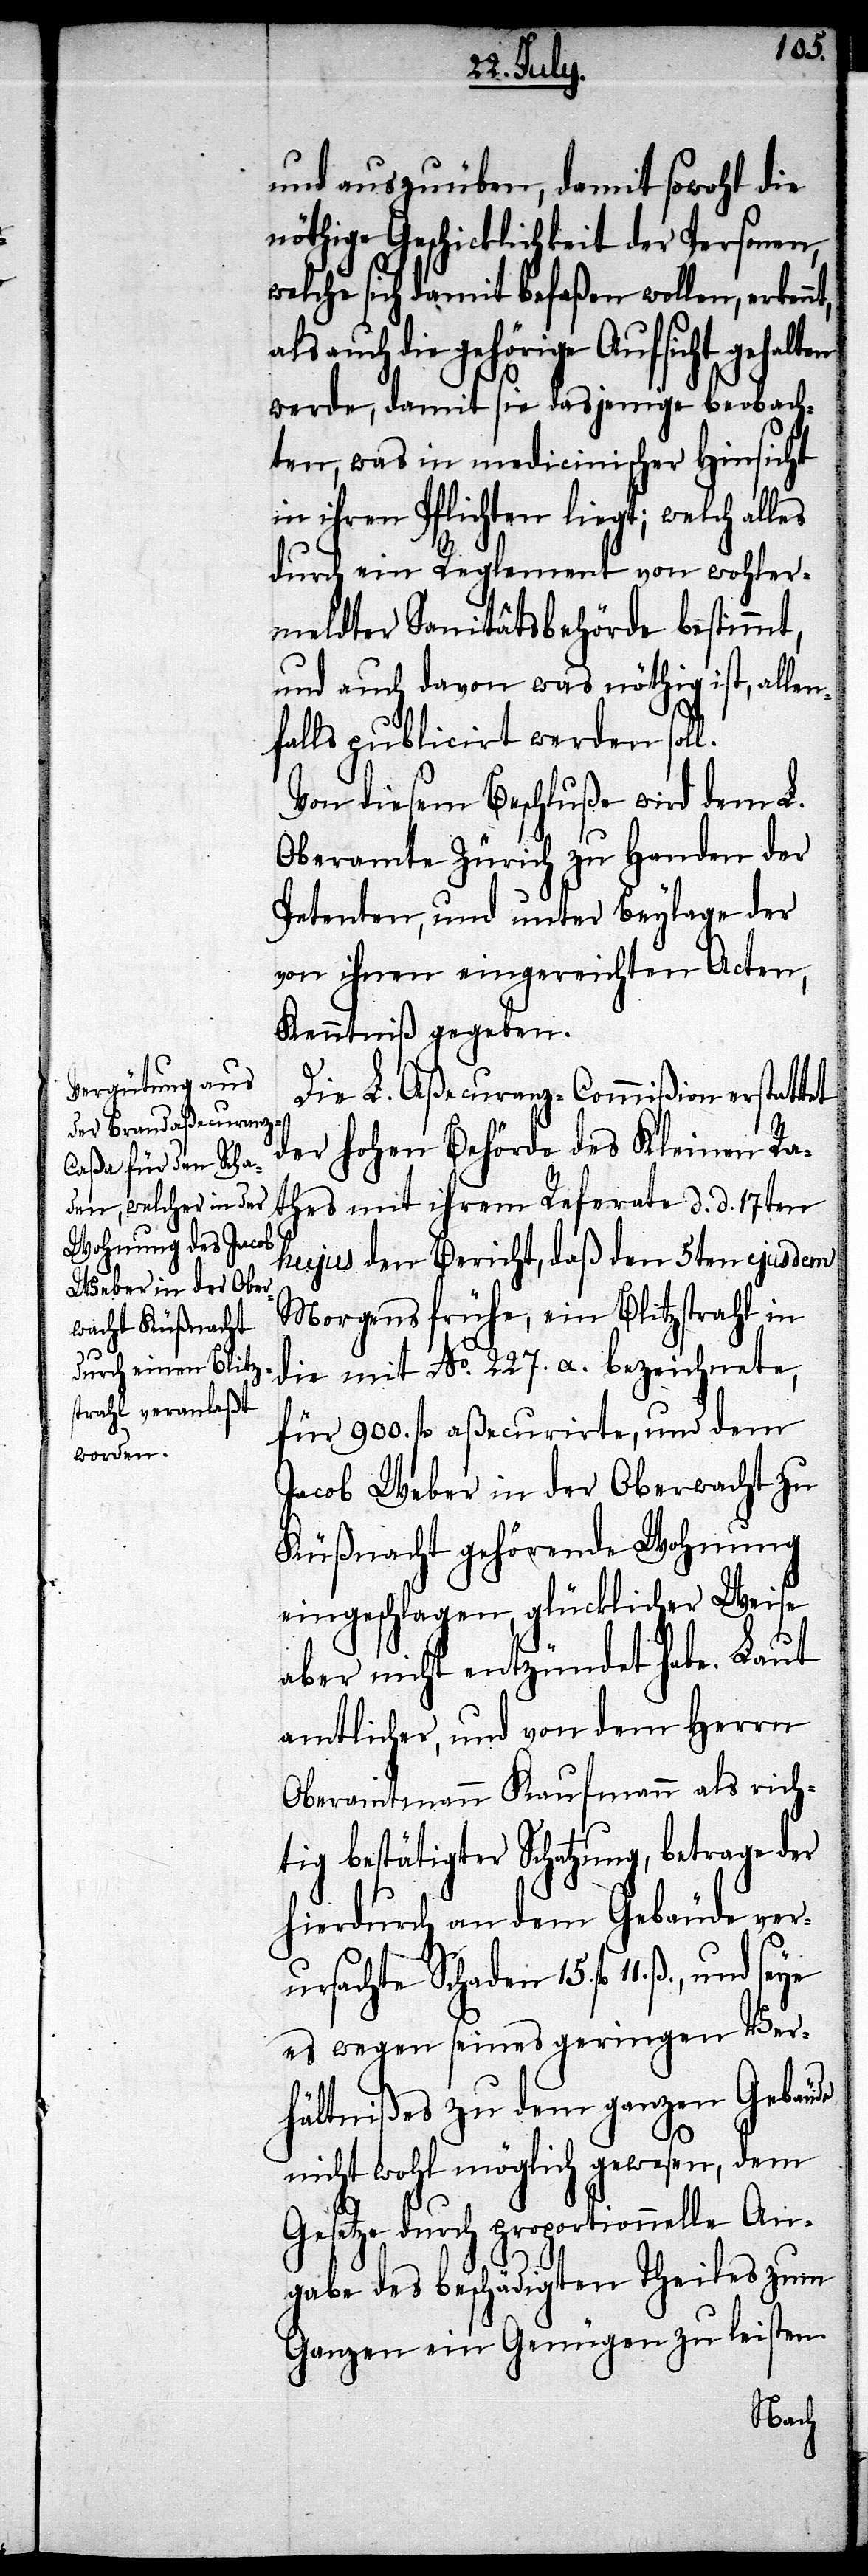
ten
und auszuüben, damit sowohl die
nöthige Geschicklichkeit der Personen,
welche sich damit befaßen wollen, erkenn¬
auch die gehörige Aufsicht gehal¬
werde, damit sie dasjenige beobach¬
ten, was in medicinischer Hinsicht
in ihren Pflichten liegt; welch alles
durch ein Reglement von wohler¬
meldter Sanitätsbehörde bestimmt,
und auch davon was nöthig ist, allen¬
falls publicirt werden soll.
Von diesem Beschluße wird dem L.
Oberamte Zürich zu Handen der
Petenten, und unter Beylage der
von ihnen eingereichten Acten,
Kenntniß gegeben.
Die L. Aßecuranz-Commißion erstattet
der hohen Behörde des Kleinen Ra¬
thes mit ihrem Referate d. d. 17ten
hujus den Bericht, daß den 5ten ejusdem
Morgens frühe, ein Blitzstrahl in
die mit No. 227. a. bezeichnete,
für 900. fl. aßecurirte, und dem
Jacob Weber in der Oberwacht zu
Küßnacht gehörende Wohnung
eingeschlagen, glücklicher Weise
aber nicht entzündet habe. Laut
amtlicher, und von dem Herrn
Oberamtmann Kaufmann als rich¬
tig bestätigter Schatzung, betrage der
hierdurch an dem Gebäude ver¬
ursachte Schaden 15. fl. 11. ß.,
es wegen seines geringen Ver¬
hältnißes zu dem ganzen Gebäude
nicht wohl möglich gewesen, dem
Gesetze durch proportionnelle An¬
gabe des beschädigten Theiles zum
Ganzen ein Genügen zu leisten.